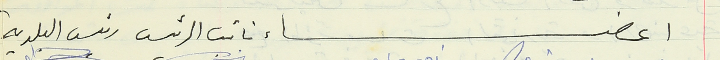
اعضاء نائب الرئيس رئيس البلدية